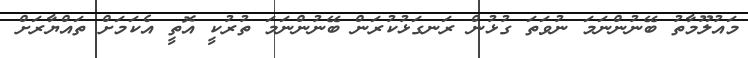
މައުލޫމާތު ބޭނުންނަމަ ނުވަތަ ގުޅުން ރަނގަޅުކުރަން ބޭނުންނަމަ ތުރުކީ އޮތީ އެކަމަށް ތައްޔާރަށް